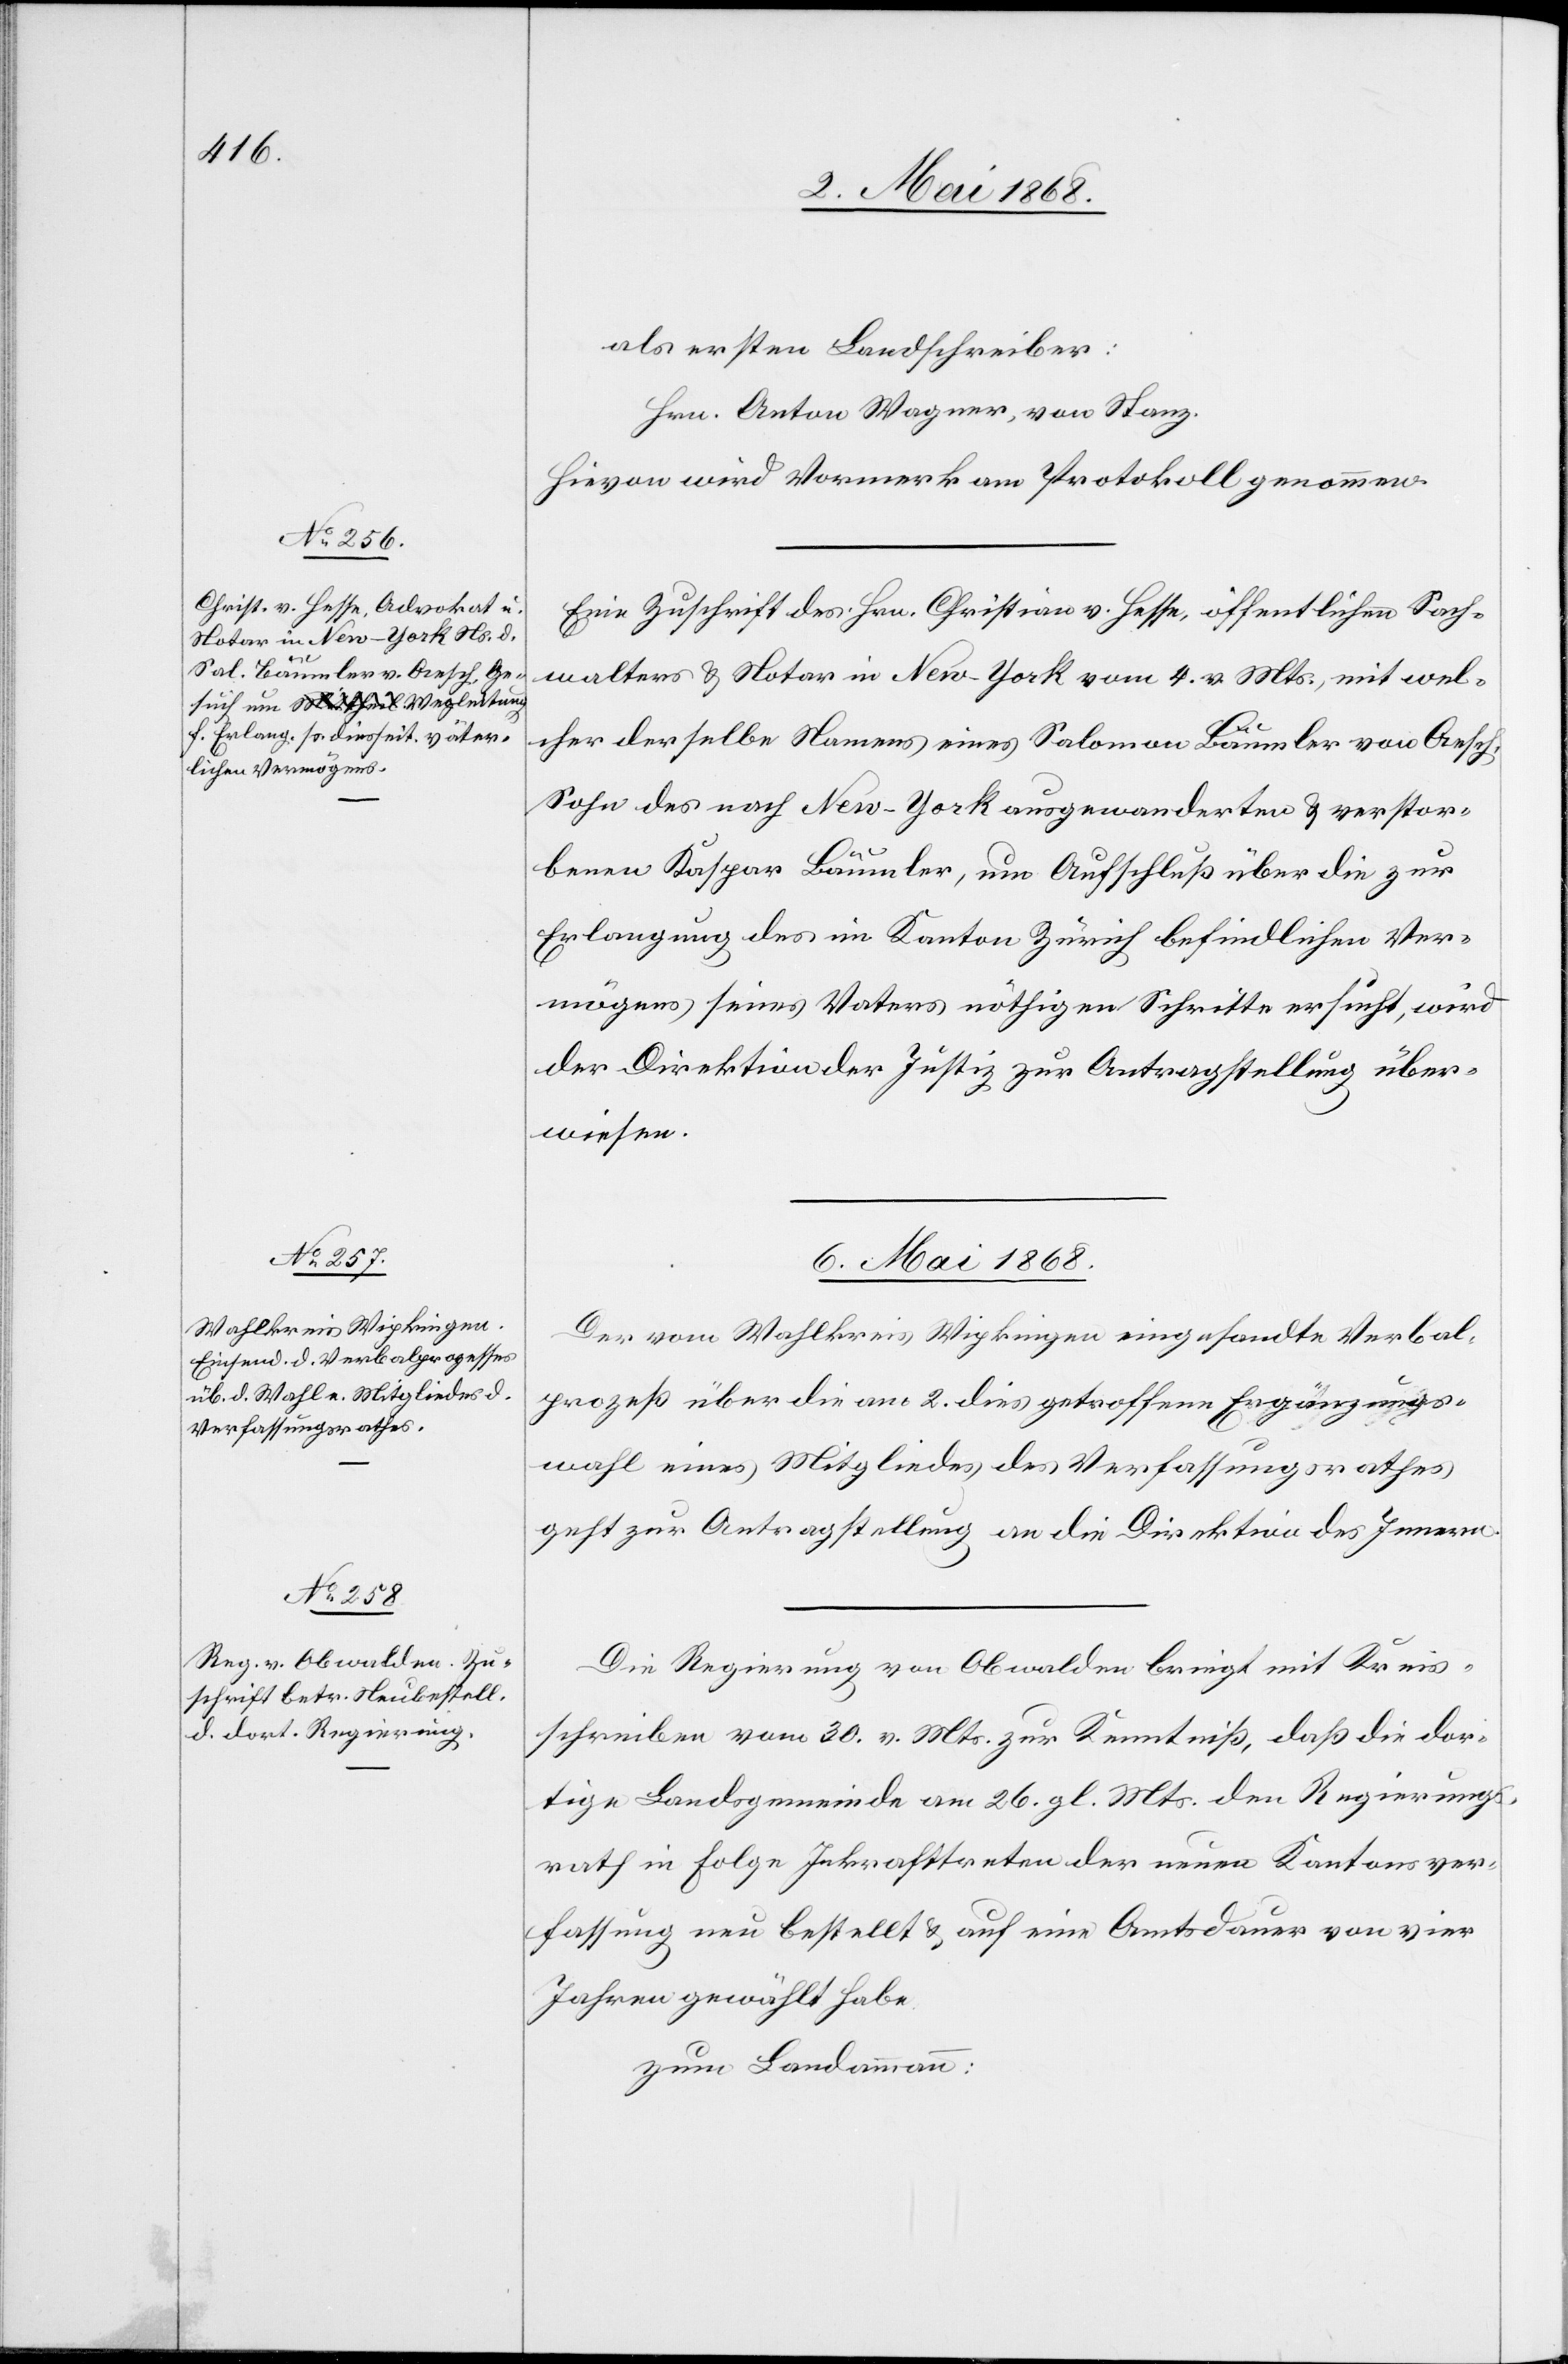
als ersten Landschreiber:
Hrn. Anton Wagner, von Stanz.
Hievon wird Vormerk am Protokoll genommen.
Eine Zuschrift des Hrn. Christian v. Hesse, öffentlichen Sach¬
walters & Notar in New-York vom 4. v. Mts., mit wel¬
cher derselbe Namens eines Salomon Bäumler von Aesch,
Sohn des nach New-York ausgewanderten & verstor¬
benen Kaspar Bäumler, um Aufschluß über die zur
Erlangung des im Kanton Zürich befindlichen Ver¬
mögens seines Vaters nöthigen Schritte ersucht, wird
der Direktion der Justiz zur Antragstellung über¬
wiesen.
6. Mai 1868.]
Der vom Wahlkreis Wipkingen eingesandte Verbal¬
prozeß über die am 2. dies getroffene Ergänzungs¬
wahl eines Mitgliedes des Verfassungsrathes
geht zur Antragstellung an die Direktion des Innern.
Die Regierung von Obwalden bringt mit Kreis¬
schreiben vom 30. v. Mts. zur Kenntniß, daß die dor¬
tige Landsgemeinde am 26. gl. Mts. den Regierungs¬
rath in Folge Inkrafttreten der neuen Kantonsver¬
fassung neu bestellt & auf eine Amtsdauer von vier
Jahren gewählt habe.
zum Landammann: